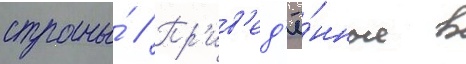
страны́ // Пр'ив'ед'ё́нные в